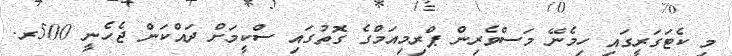
މި ކެޓަގަރީގައި ހިމެނޭ މަސްވެރިން ޕްރިމިއަމްގެ ގޮތުގައި ސްކީމަށް ދައްކަން ޖެހެނީ 500ރ.